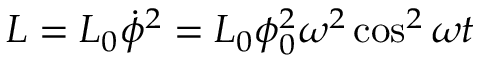
L = L _ { 0 } \dot { \phi } ^ { 2 } = L _ { 0 } \phi _ { 0 } ^ { 2 } \omega ^ { 2 } \cos ^ { 2 } \omega t